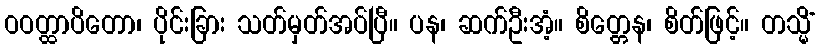
ဝဝတ္ထာပိတော၊ ပိုင်းခြား သတ်မှတ်အပ်ပြီ။ ပန၊ ဆက်ဦးအံ့။ စိတ္တေန၊ စိတ်ဖြင့်။ တသ္မိံ